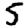
Digit: 5